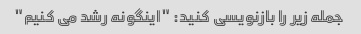
جمله زیر را بازنویسی کنید: "اینگونه رشد می کنیم"